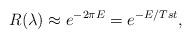
LaTeX: \begin{align*}R(\lambda)\approx e^{-2\pi E}=e^{-E/Tst},\end{align*}